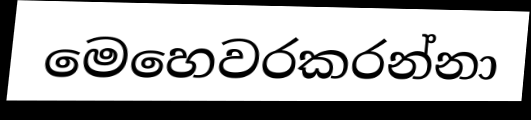
මෙහෙවරකරන්නා